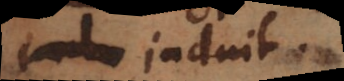
induit.